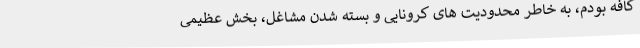
کافه بودم، به خاطر محدودیت های کرونایی و بسته شدن مشاغل، بخش عظیمی